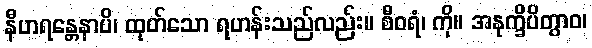
နီဟရန္တေနာပိ၊ ထုတ်သော ရဟန်းသည်လည်း။ စီဝရံ၊ ကို။ အနုက္ခိပိတွာဝ၊